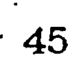
45